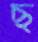
ছ